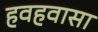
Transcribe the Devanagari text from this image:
हवहवासा